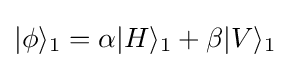
|\phi \rangle _{1}=\alpha |H\rangle _{1}+\beta |V\rangle _{1}